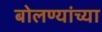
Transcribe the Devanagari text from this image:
बोलण्यांच्या